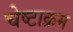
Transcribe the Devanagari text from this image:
चेष्टाक्रम